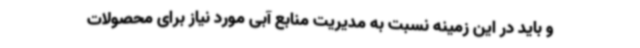
و باید در این زمینه نسبت به مدیریت منابع آبی مورد نیاز برای محصولات